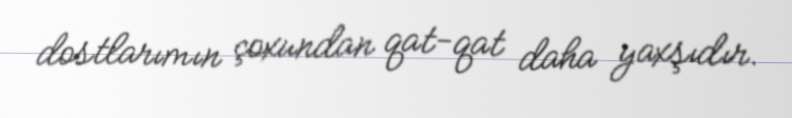
dostlarımın çoxundan qat-qat daha yaxşıdır.